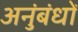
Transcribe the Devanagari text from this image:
अनुंबंधों